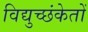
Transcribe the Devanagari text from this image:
विद्युच्छंकेतों